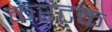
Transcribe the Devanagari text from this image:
करटक